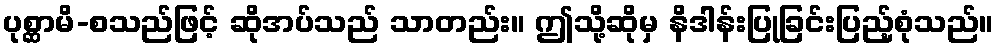
ပုစ္ဆာမိ-စသည်ဖြင့် ဆိုအပ်သည် သာတည်း။ ဤသို့ဆိုမှ နိဒါန်းပြုခြင်းပြည့်စုံသည်။